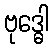
ဗုဒ္ဓေါ